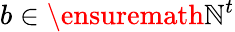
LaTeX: b\in\ensuremath{\mathbb{N}}^{t}